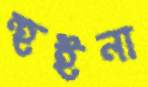
হুইনা